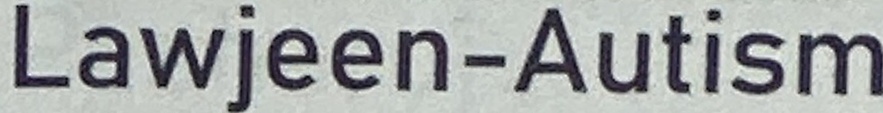
Lawjeen-Autism